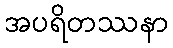
အပရိတဿနာ